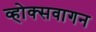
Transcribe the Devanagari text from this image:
व्होक्सवागन